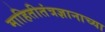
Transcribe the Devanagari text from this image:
माहितीतंत्रज्ञानाच्या